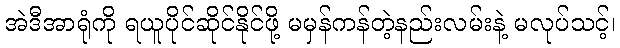
အဲဒီအာရုံကို ရယူပိုင်ဆိုင်နိုင်ဖို့ မမှန်ကန်တဲ့နည်းလမ်းနဲ့ မလုပ်သင့်၊